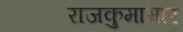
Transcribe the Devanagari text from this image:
राजकुमामार